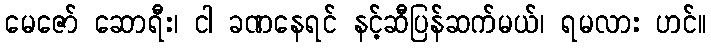
မေဇော် ဆောရီး၊ ငါ ခဏနေရင် နင့်ဆီပြန်ဆက်မယ်၊ ရမလား ဟင်။